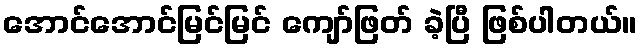
အောင်အောင်မြင်မြင် ကျော်ဖြတ် ခဲ့ပြီ ဖြစ်ပါတယ်။